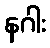
နဂါး